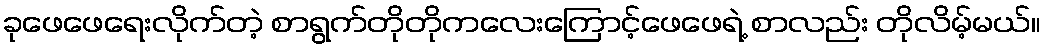
ခုဖေဖေရေးလိုက်တဲ့ စာရွက်တိုတိုကလေးကြောင့်ဖေဖေရဲ့ စာလည်း တိုလိမ့်မယ်။